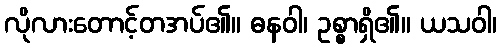
လိုလားတောင့်တအပ်၏။ ဓနဝါ၊ ဥစ္စာရှိ၏။ ယသဝါ၊